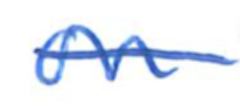
Text: on
Cross-out: single-line
Writing tool: ballpoint